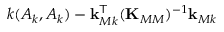
{ k ( A _ { k } , A _ { k } ) } - \mathbf { k } _ { M k } ^ { \sf T } ( \mathbf { K } _ { M M } ) ^ { - 1 } \mathbf { k } _ { M k }